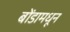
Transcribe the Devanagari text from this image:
बोंडामधून